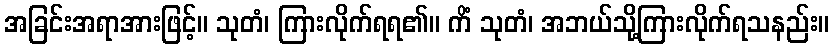
အခြင်းအရာအားဖြင့်။ သုတံ၊ ကြားလိုက်ရရ၏။ ကိံ သုတံ၊ အဘယ်သို့ကြားလိုက်ရသနည်း။